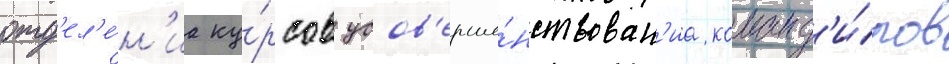
отд'ел'е́н'иа ку́рсов усов'ерше́нствован'иа команд'и́ров